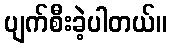
ပျက်စီးခဲ့ပါတယ်။